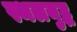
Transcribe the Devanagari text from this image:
स्थलयुद्ध